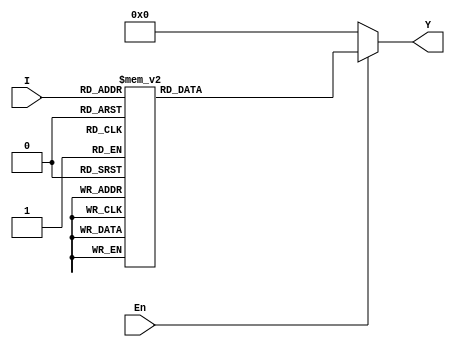
`timescale 1ns / 1ps
//////////////////////////////////////////////////////////////////////////////////
// Company: 
// Engineer: 
// 
// Design Name: 
// Module Name: DEC5T32E
// Project Name: 
// Target Devices: 
// Tool Versions: 
// Description: 
// 
// Dependencies: 
// 
// Revision:
// Revision 0.01 - File Created
// Additional Comments:
// 
//////////////////////////////////////////////////////////////////////////////////


module DEC5T32E(I,En,Y);
    input [4:0] I;
    input En;
    output [31:0] Y;
    reg [31:0] Y;
    always@(En or I)
            begin
                if(En)
                    begin
                        case(I)
                            5'b00000:Y=32'b00000000000000000000000000000001;
                            5'b00001:Y=32'b00000000000000000000000000000010;
                            5'b00010:Y=32'b00000000000000000000000000000100;
                            5'b00011:Y=32'b00000000000000000000000000001000;
                            5'b00100:Y=32'b00000000000000000000000000010000;
                            5'b00101:Y=32'b00000000000000000000000000100000;
                            5'b00110:Y=32'b00000000000000000000000001000000;
                            5'b00111:Y=32'b00000000000000000000000010000000;
                            5'b01000:Y=32'b00000000000000000000000100000000;
                            5'b01001:Y=32'b00000000000000000000001000000000;
                            5'b01010:Y=32'b00000000000000000000010000000000;
                            5'b01011:Y=32'b00000000000000000000100000000000;
                            5'b01100:Y=32'b00000000000000000001000000000000;
                            5'b01101:Y=32'b00000000000000000010000000000000;
                            5'b01110:Y=32'b00000000000000000100000000000000;
                            5'b01111:Y=32'b00000000000000001000000000000000;
                            5'b10000:Y=32'b00000000000000010000000000000000;
                            5'b10001:Y=32'b00000000000000100000000000000000;
                            5'b10010:Y=32'b00000000000001000000000000000000;
                            5'b10011:Y=32'b00000000000010000000000000000000;
                            5'b10100:Y=32'b00000000000100000000000000000000;
                            5'b10101:Y=32'b00000000001000000000000000000000;
                            5'b10110:Y=32'b00000000010000000000000000000000;
                            5'b10111:Y=32'b00000000100000000000000000000000;
                            5'b11000:Y=32'b00000001000000000000000000000000;
                            5'b11001:Y=32'b00000010000000000000000000000000;
                            5'b11010:Y=32'b00000100000000000000000000000000;
                            5'b11011:Y=32'b00001000000000000000000000000000;
                            5'b11100:Y=32'b00010000000000000000000000000000;
                            5'b11101:Y=32'b00100000000000000000000000000000;
                            5'b11110:Y=32'b01000000000000000000000000000000;
                            5'b11111:Y=32'b10000000000000000000000000000000;
                        endcase
                    end
                else
                    Y=32'b00000000000000000000000000000000;
            end
endmodule